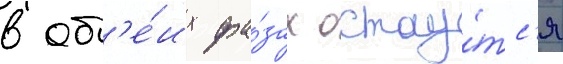
в об'е́их фа́зах остау́тс'я